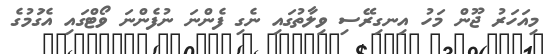
މިއަހަރު ޖޫން މަހު އިނގިރޭސި ވިލާތުގައި ނެގި ފެންނަ ނުފެންނަ ވޯޓްގައި އެގަުމުގެ